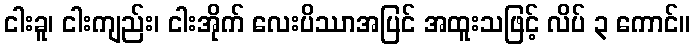
ငါးခူ၊ ငါးကျည်း၊ ငါးအိုက် လေးပိဿာအပြင် အထူးသဖြင့် လိပ် ၃ ကောင်။